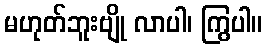
မဟုတ်ဘူးဗျို လာပါ၊ ကြွပါ။